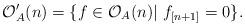
LaTeX: \begin{align*}\mathcal{O}_A'(n) = \{ f \in \mathcal{O}_A(n) |~ f_{[n+1]} = 0 \}.\end{align*}